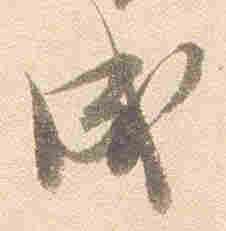
成